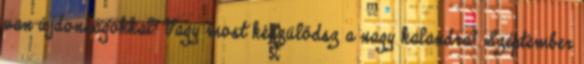
van újdonságokkal? Vagy most készülődsz a nagy kalandra? Szeptember